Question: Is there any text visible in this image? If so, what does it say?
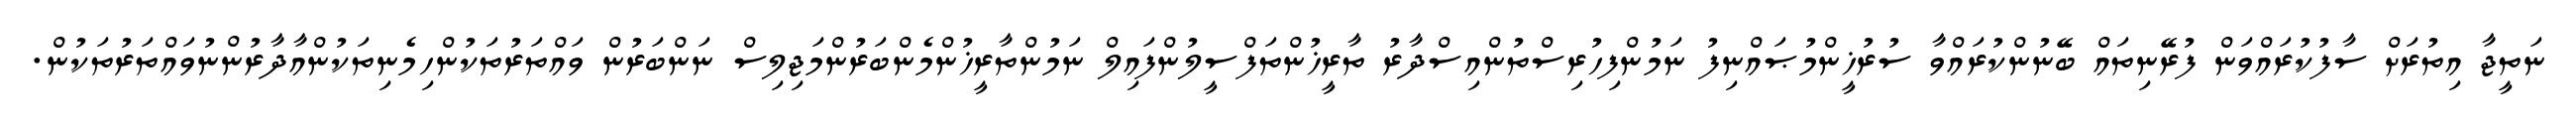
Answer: ނަތީޖާ އިތުރަށް ސާފުކުރައްވަން ފުރޭނިތައް ބޭނުންކުރައްވާ ސުރުޚީންމުޞައްނިފު ނަމުންފިހުރިސްތުންއިސްދާރު ތާރީޚުންތަފްސީލުންފައިލް ނަމުންތާރީޚުންމެންބަރުންމަޖިލިސް ނަންބަރުން ވައްތަރުތަކުންހިމެނިތަކުންއާދާރުންނުވައްތަރުތަކުން.